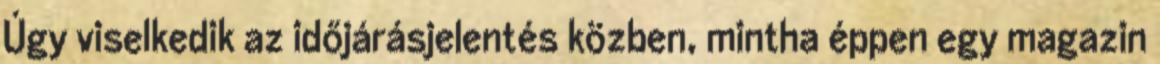
Úgy vi­sel­ke­dik az idő­já­rás­je­len­tés köz­ben, mintha éppen egy ma­ga­zin